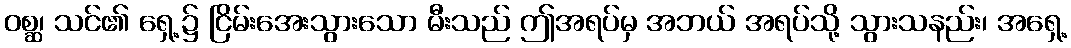
ဝစ္ဆ၊ သင်၏ ရှေ့၌ ငြိမ်းအေးသွားသော မီးသည် ဤအရပ်မှ အဘယ် အရပ်သို့ သွားသနည်း၊ အရှေ့